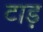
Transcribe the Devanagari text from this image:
टाड़